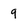
Character: 9